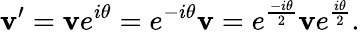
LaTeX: \mathbf{v}^{\prime}=\mathbf{v}e^{i\theta}=e^{-i\theta}\mathbf{v}=e^{\frac{-i\theta}{2}}\mathbf{v}e^{\frac{i\theta}{2}}.